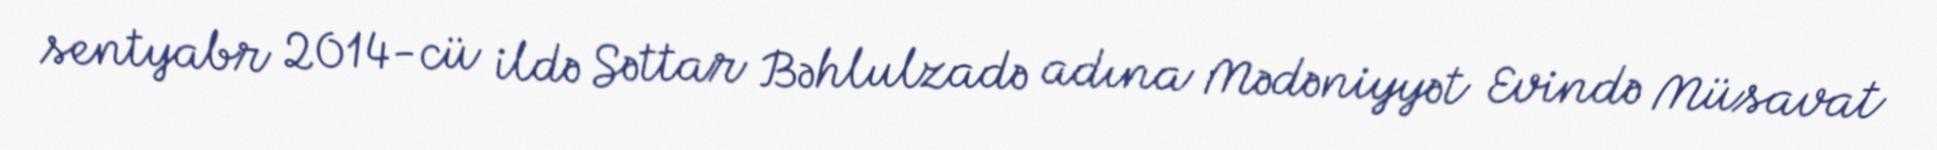
sentyabr 2014-cü ildə Səttar Bəhlulzadə adına Mədəniyyət Evində Müsavat